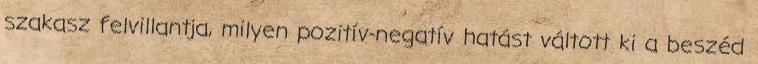
szakasz felvillantja, milyen pozitív-negatív hatást váltott ki a beszéd